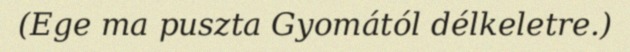
(Ege ma puszta Gyomától délkeletre.)